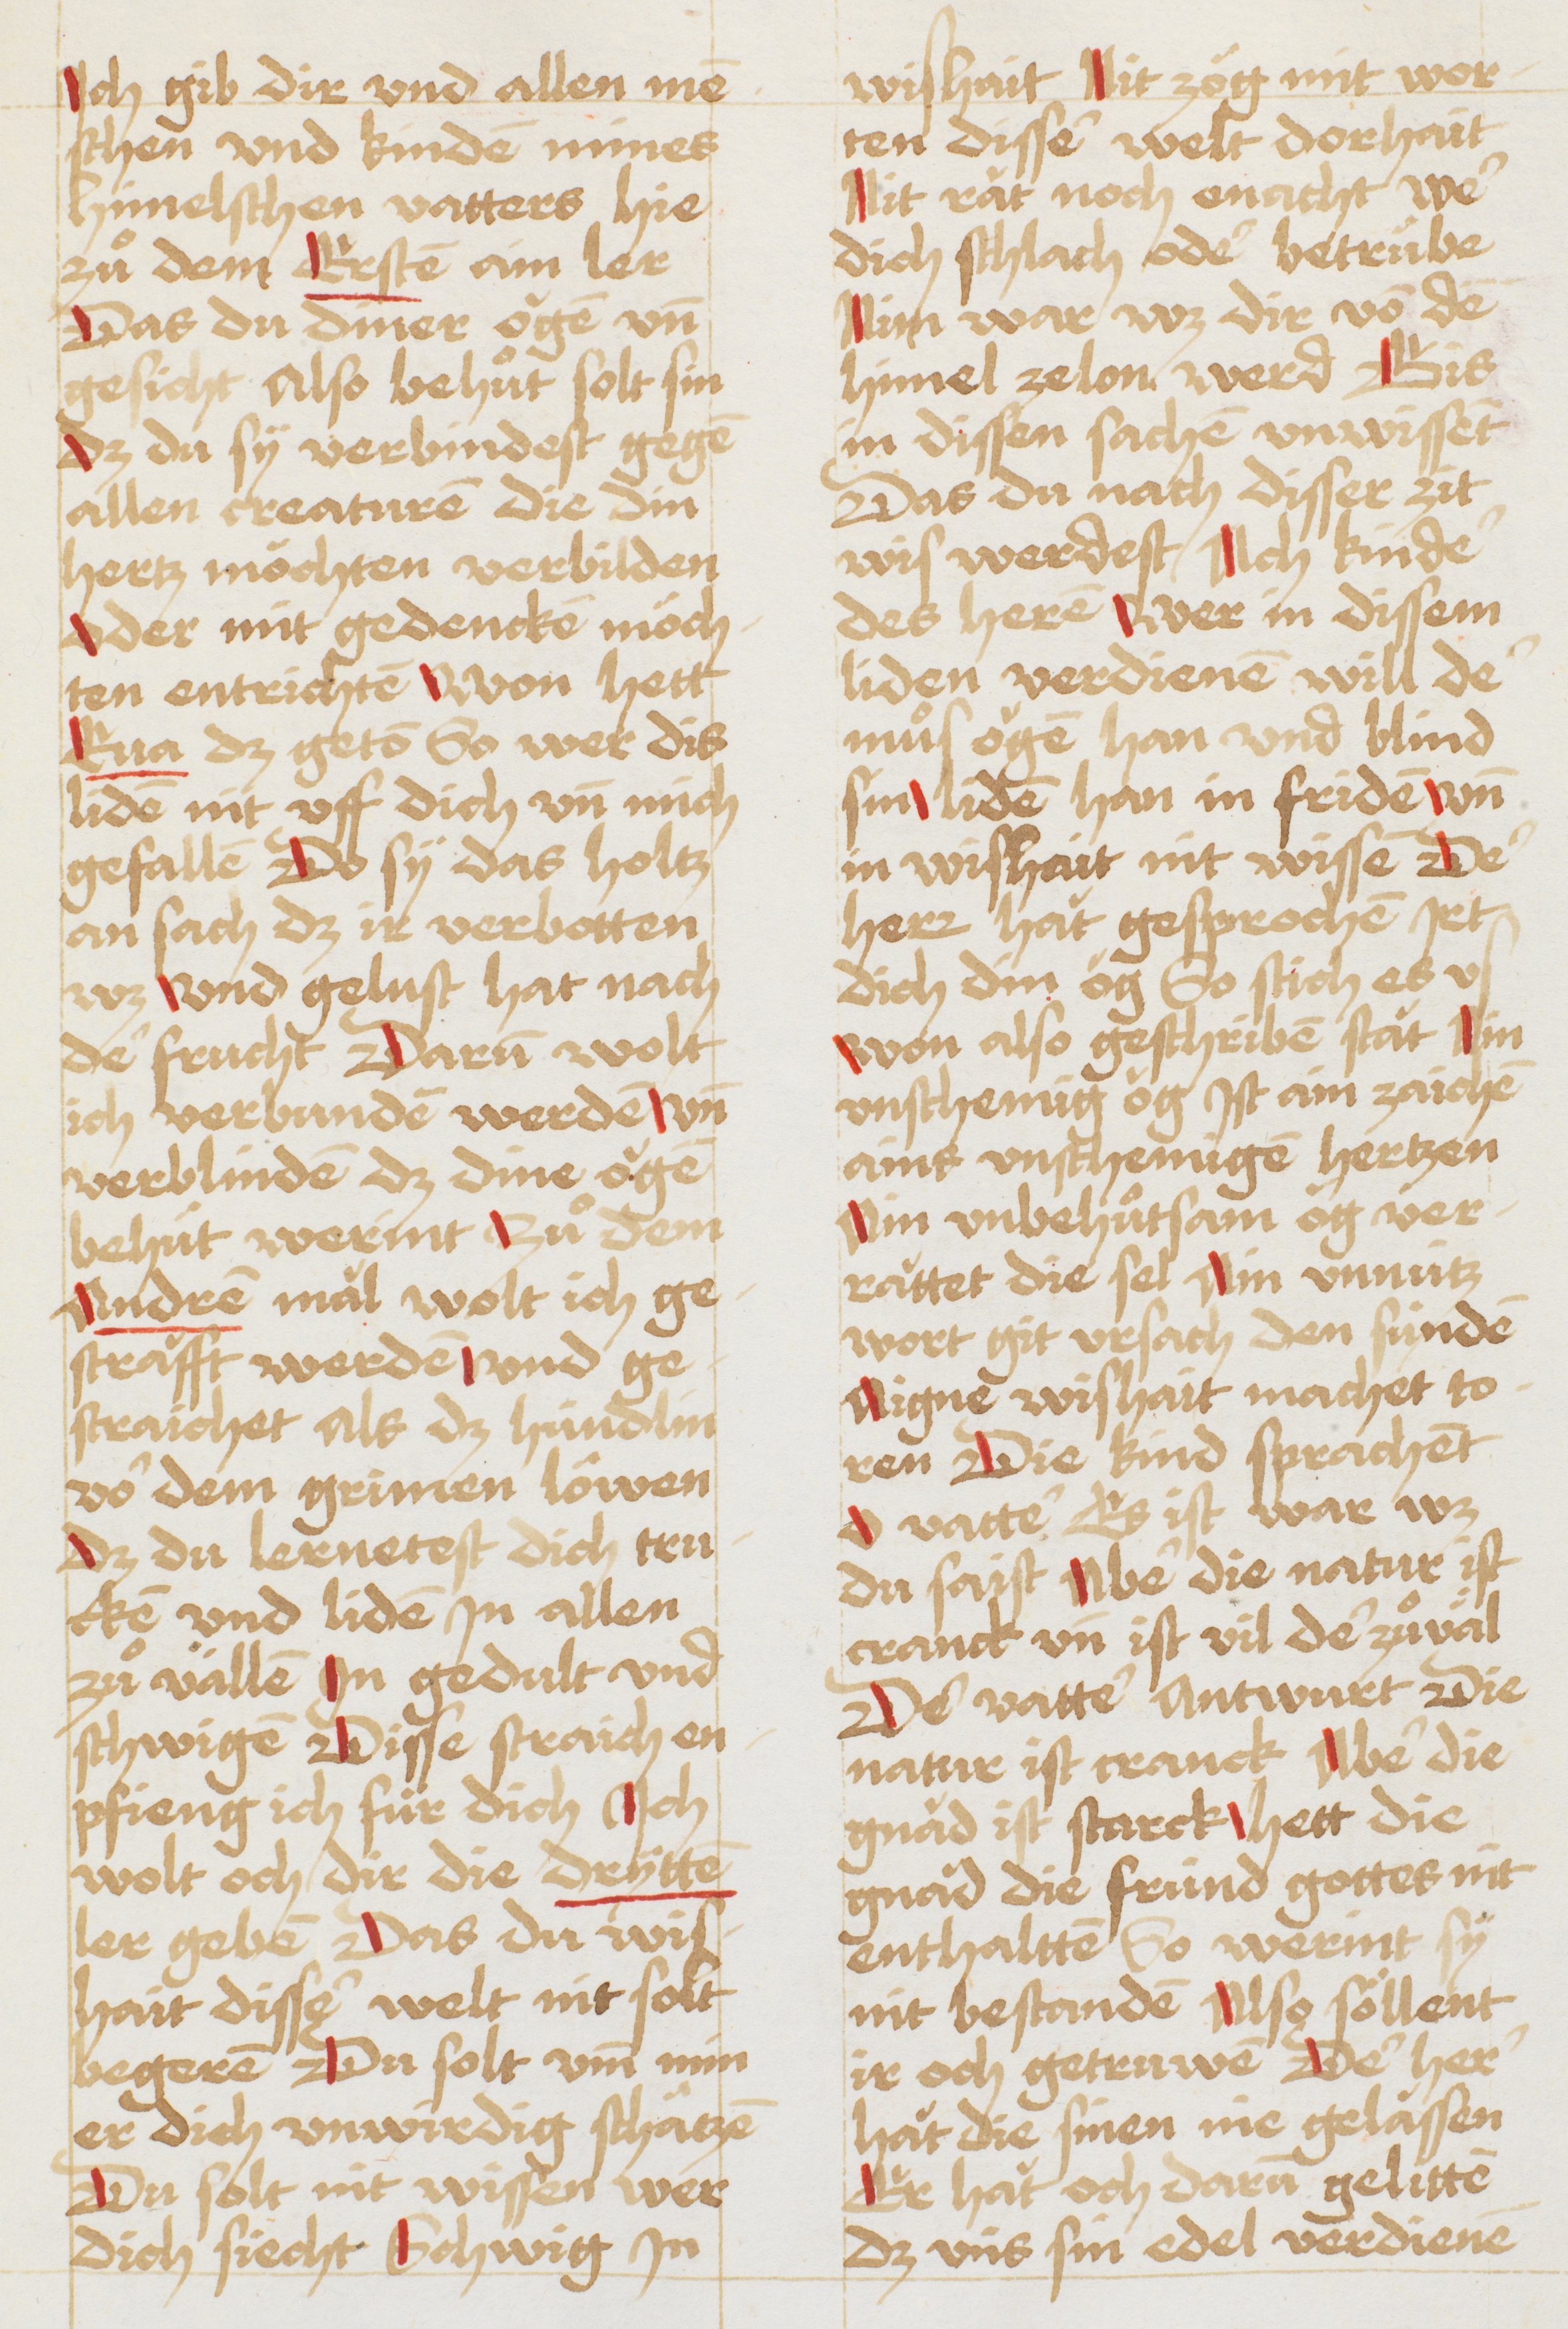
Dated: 1490–1520